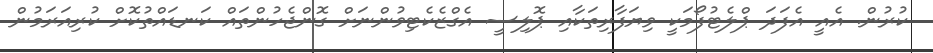
ކުރުން. އެއީ އެފަދަ ޕްލެޓުފޯމަކީ ވިޔަފާރިތަކާއި ޕޮލިސީ އެގްޒެކެޓިވުންނަށް ގޮންޖެހުންތައް ކަނޑައްތުކޮށް ކުރިއަރަމުން